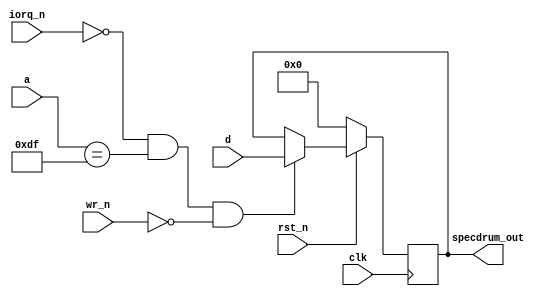
`timescale 1ns / 1ps
`default_nettype none

//////////////////////////////////////////////////////////////////////////////////
// Company: 
// Engineer: 
// 
// Design Name: 
// Module Name:    specdrum. Perhaps the simplest device ever written for the ZX-UNO
// Project Name: 
// Target Devices: 
// Tool versions: 
// Description: 
//
// Dependencies: 
//
// Revision: 
// Revision 0.01 - File Created
// Additional Comments: 
//
//////////////////////////////////////////////////////////////////////////////////
module specdrum (
   input wire clk,
   input wire rst_n,
   input wire [7:0] a,
   input wire iorq_n,
   input wire wr_n,
   input wire [7:0] d,
   output reg [7:0] specdrum_out
   );
   
   initial specdrum_out = 8'h00;
   always @(posedge clk) begin
      if (rst_n == 1'b0)
         specdrum_out <= 8'h00;
      else if (iorq_n == 1'b0 && a == 8'hDF && wr_n == 1'b0)
         specdrum_out <= d;
   end
endmodule